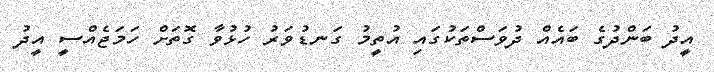
އީދު ބަންދުގެ ބައެއް ދުވަސްތަކުގައި އުތީމު ގަނޑުވަރު ހުޅުވާ ގޮތަށް ހަމަޖެއްސީ އީދު